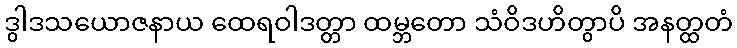
ဒွါဒသယောဇနာယ ထေရဝါဒတ္တာ ထမ္ဘတော သံဝိဒဟိတွာပိ အနတ္ထတံ